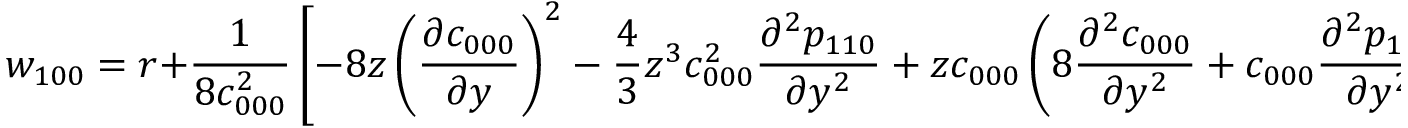
w _ { 1 0 0 } = r + \frac { 1 } { 8 c _ { 0 0 0 } ^ { 2 } } \left[ - 8 z \left( \frac { \partial c _ { 0 0 0 } } { \partial y } \right) ^ { 2 } - \frac { 4 } { 3 } z ^ { 3 } c _ { 0 0 0 } ^ { 2 } \frac { \partial ^ { 2 } p _ { 1 1 0 } } { \partial y ^ { 2 } } + z c _ { 0 0 0 } \left( 8 \frac { \partial ^ { 2 } c _ { 0 0 0 } } { \partial y ^ { 2 } } + c _ { 0 0 0 } \frac { \partial ^ { 2 } p _ { 1 1 0 } } { \partial y ^ { 2 } } \right) \right] .